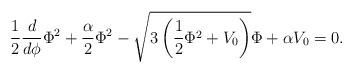
LaTeX: \begin{align*}{\frac{1}{2}\frac{d}{d\phi}\Phi^2+\frac{\alpha}{2}\Phi^2-\sqrt{3\left(\frac{1}{2}\Phi^2+V_0\right)}\Phi+\alpha V_0=0.}\end{align*}